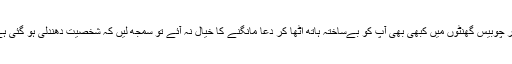
اگر چوبیس گھنٹوں میں کبھی بھی آپ کو بےساختہ ہاتھ اُٹھا کر دعا مانگنے کا خیال نہ آئے تو سمجھ لیں کہ شخصیت دھندلی ہو گئی ہے۔